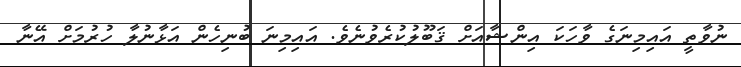
ނުވާތީ އައިމިނަގެ ވާހަކަ އިންޝާއަށް ޤަބޫލުކުރެވުނެވެ. އައިމިނަ ބުނިހެން އަޅާނުލާ ހުރުމަށް އޭނާ